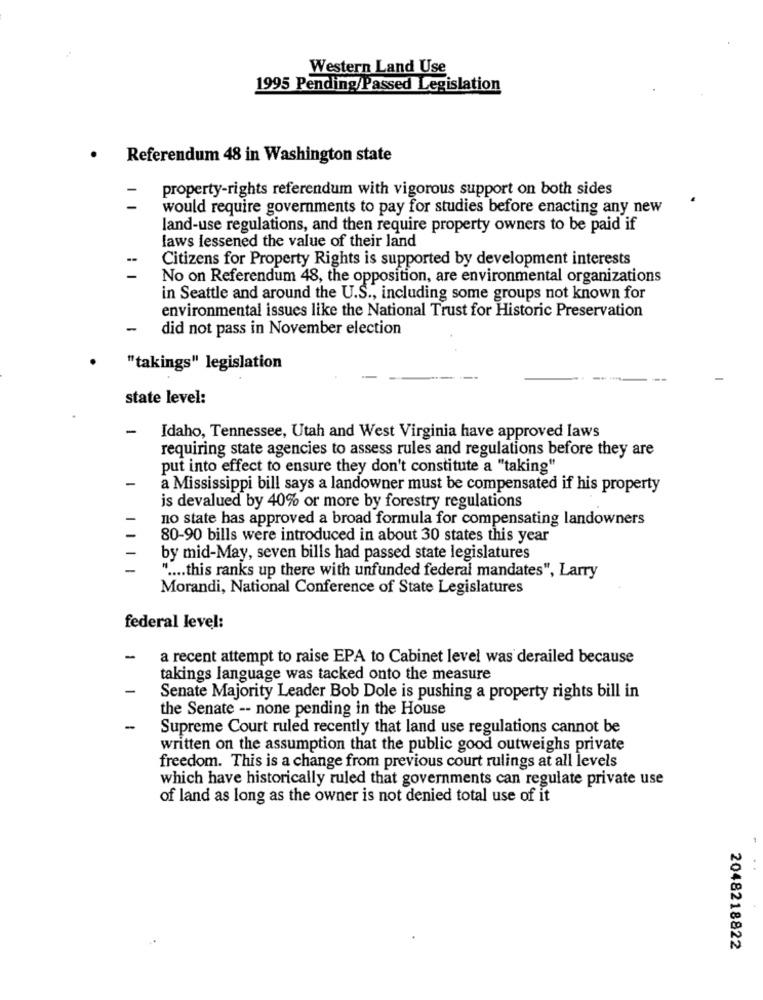
Western Land Use
1995 Pending/Passed Legislation
.
Referendum 48 in Washington state
property-rights referendum with vigorous support on both sides
would require governments to pay for studies before enacting any new
land-use regulations, and then require property owners to be paid if
laws lessened the value of their land
-
Citizens for Property Rights is supported by development interests
No on Referendum 48, the opposition, are environmental organizations
in Seattle and around the U.S ., including some groups not known for
environmental issues like the National Trust for Historic Preservation
did not pass in November election
"takings" legislation
state level:
-
Idaho, Tennessee, Utah and West Virginia have approved laws
requiring state agencies to assess rules and regulations before they are
put into effect to ensure they don't constitute a "taking"
-
a Mississippi bill says a landowner must be compensated if his property
is devalued by 40% or more by forestry regulations
no state has approved a broad formula for compensating landowners
80-90 bills were introduced in about 30 states this year
by mid-May, seven bills had passed state legislatures
" .... this ranks up there with unfunded federal mandates", Larry
Morandi, National Conference of State Legislatures
federal level:
-
a recent attempt to raise EPA to Cabinet level was derailed because
takings language was tacked onto the measure
-
Senate Majority Leader Bob Dole is pushing a property rights bill in
the Senate -- none pending in the House
-
Supreme Court ruled recently that land use regulations cannot be
written on the assumption that the public good outweighs private
freedom. This is a change from previous court rulings at all levels
which have historically ruled that governments can regulate private use
of land as long as the owner is not denied total use of it
2048218822